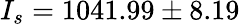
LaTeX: I_{s}=1041.99\pm 8.19